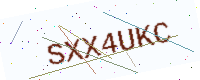
Text: SXX4UKC